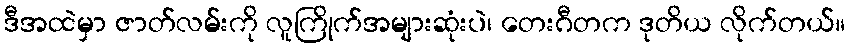
ဒီအထဲမှာ ဇာတ်လမ်းကို လူကြိုက်အများဆုံးပဲ၊ တေးဂီတက ဒုတိယ လိုက်တယ်။